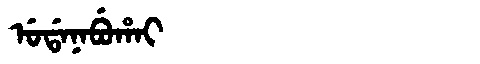
Manchu: ᡠᡩᠠᠨᠠᠪᡠᡥᠠᡳ
Romanization: UDANABUHAI